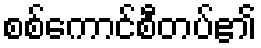
စစ်ကောင်စီတပ်၏